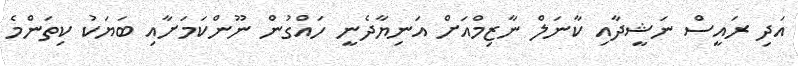
އަދި ރައީސް ނަޝީދާއި ކާނަލް ނާޒިމްއަށް އަނިޔާދެނީ ހައްގުން ނޫންކަމަށާއި ބަޔަކު ކިތަންމެ